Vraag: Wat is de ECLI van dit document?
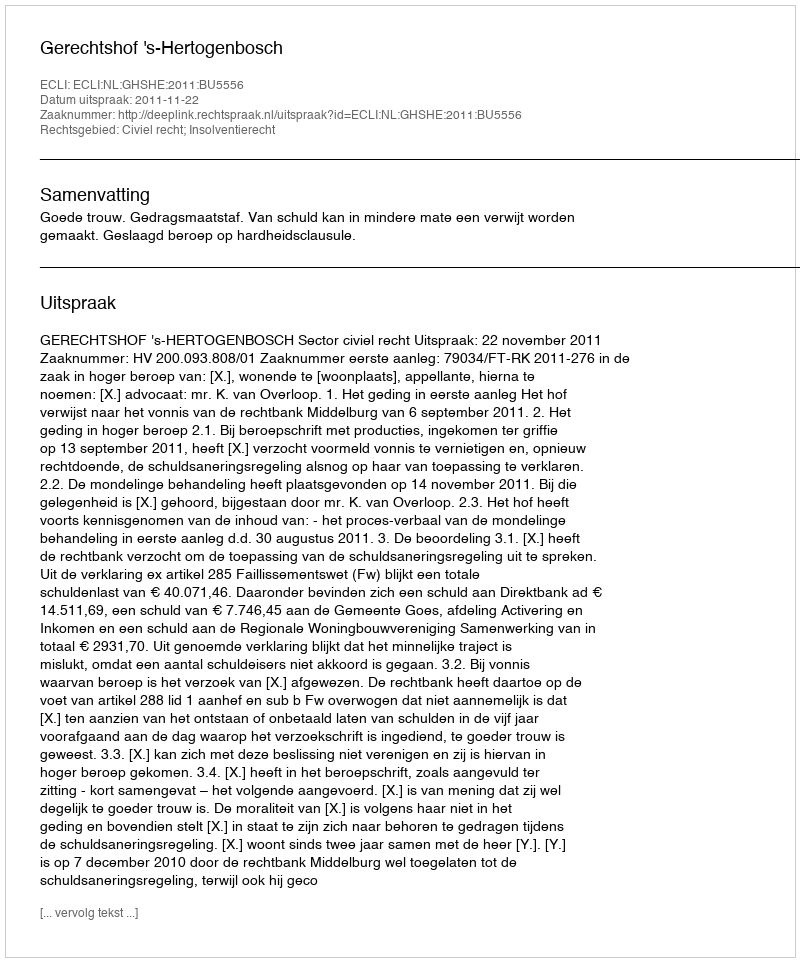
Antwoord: ECLI:NL:GHSHE:2011:BU5556